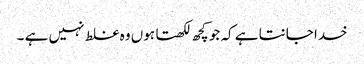
خدا جانتا ہے کہ جو کچھ لکھتا ہوں وہ غلط نہیں ہے ۔